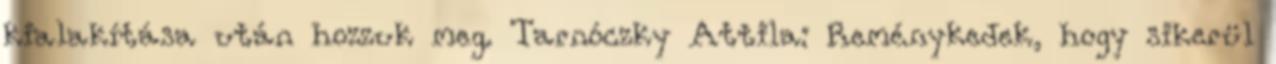
kialakítása után hozzuk meg. Tarnóczky Attila: Reménykedek, hogy sikerül